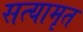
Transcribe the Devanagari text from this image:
सत्यामृत